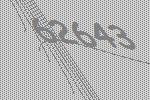
62643